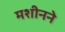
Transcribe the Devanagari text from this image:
मशीनने